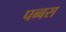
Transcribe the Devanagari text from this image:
पब्बस